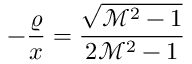
- \frac { \varrho } { x } = \frac { \sqrt { \mathcal { M } ^ { 2 } - 1 } } { 2 \mathcal { M } ^ { 2 } - 1 }